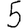
Digit: 5